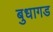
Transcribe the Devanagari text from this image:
बुधागड